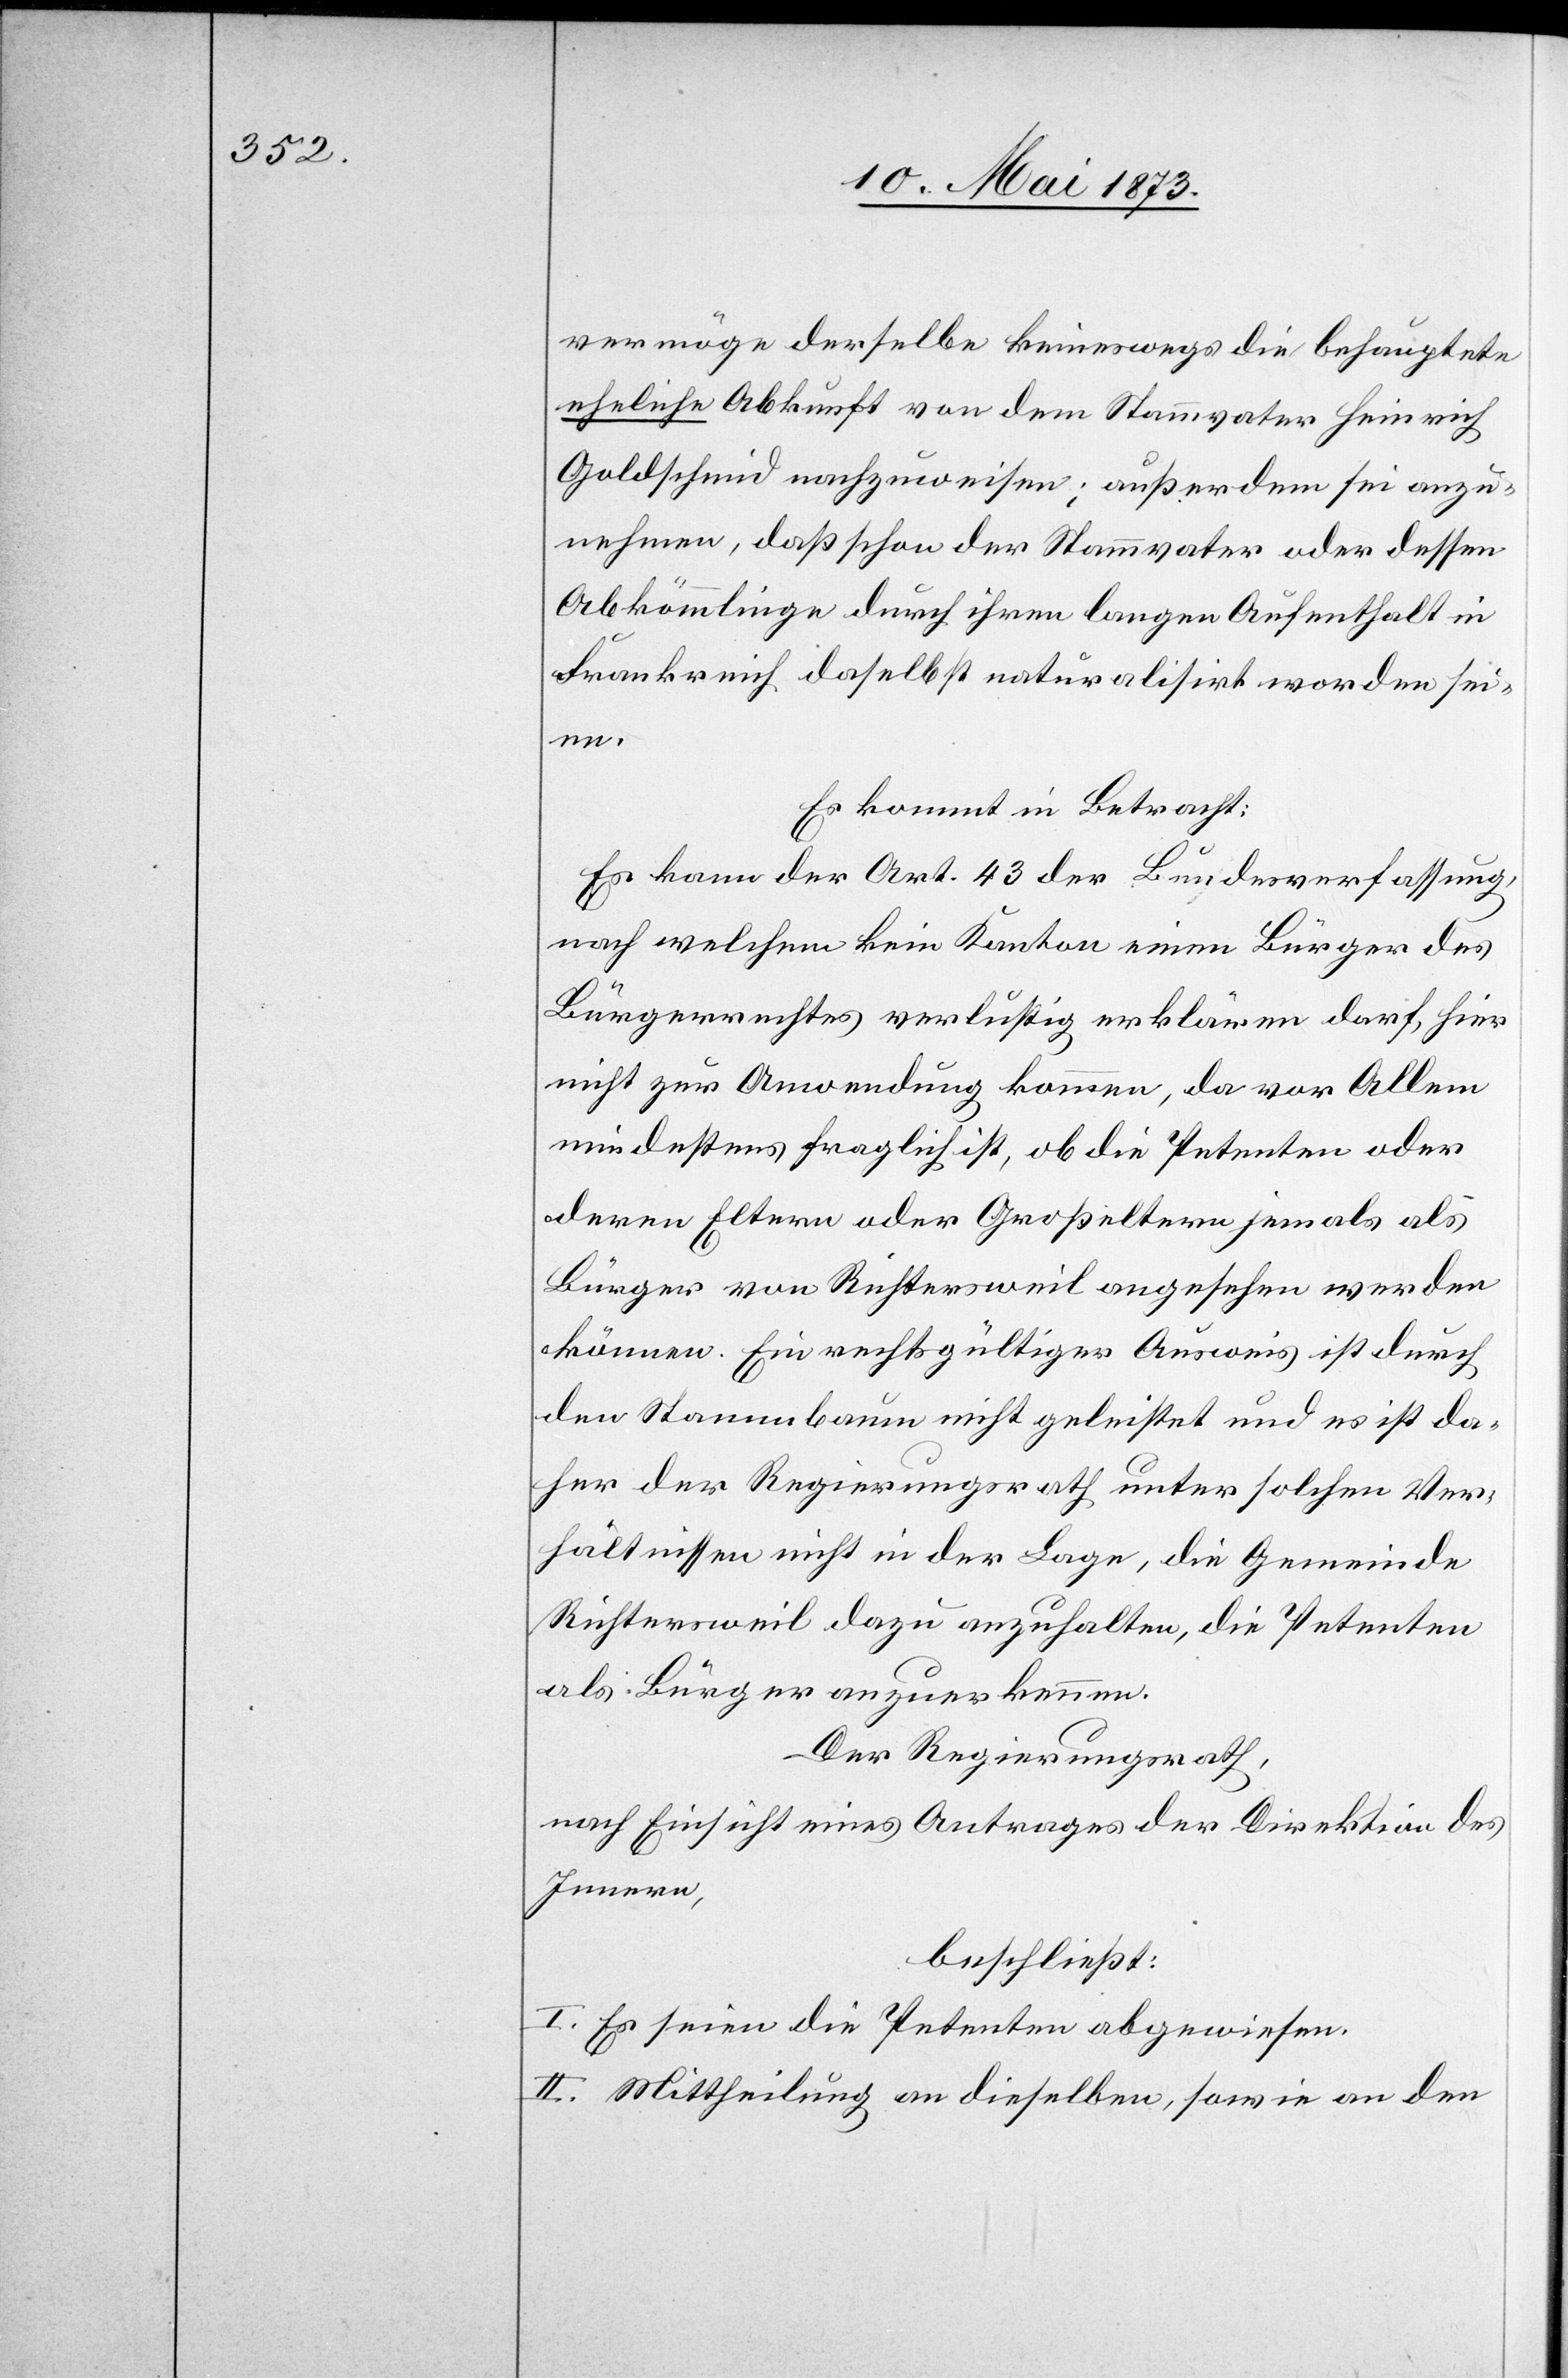
vermöge derselbe keineswegs die behauptete
eheliche Abkunft von dem Stammvater Heinrich
Goldschmid nachzuweisen; außerdem sei anzu¬
nehmen, daß schon der Stammvater oder dessen
Abkömmlinge durch ihren langen Aufenthalt in
Frankreich daselbst naturalisirt worden sei¬
en.
Es kommt in Betracht:
Es kann der Art. 43 der Bundesverfassung,
nach welchem kein Kanton einen Bürger des
Bürgerrechtes verlustig erklären darf, hier
nicht zur Anwendung kommen, da vor Allem
mindestens fraglich ist, ob die Petenten oder
deren Eltern oder Großeltern jemals als
Bürger von Richtersweil angesehen werden
können. Ein rechtsgültiger Ausweis ist durch
den Stammbaum nicht geleistet und es ist da¬
her der Regierungsrath unter solchen Ver¬
hältnissen nicht in der Lage, die Gemeinde
Richtersweil dazu anzuhalten, die Petenten
als Bürger anzuerkennen.
Der Regierungsrath,
nach Einsicht eines Antrages der Direktion des
Innern,
beschließt:
I. Es seien die Petenten abgewiesen.
II. Mittheilung an dieselben, sowie an den